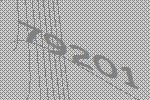
79201